Annual administration and progress report of the Indian Medical Department, Bombay
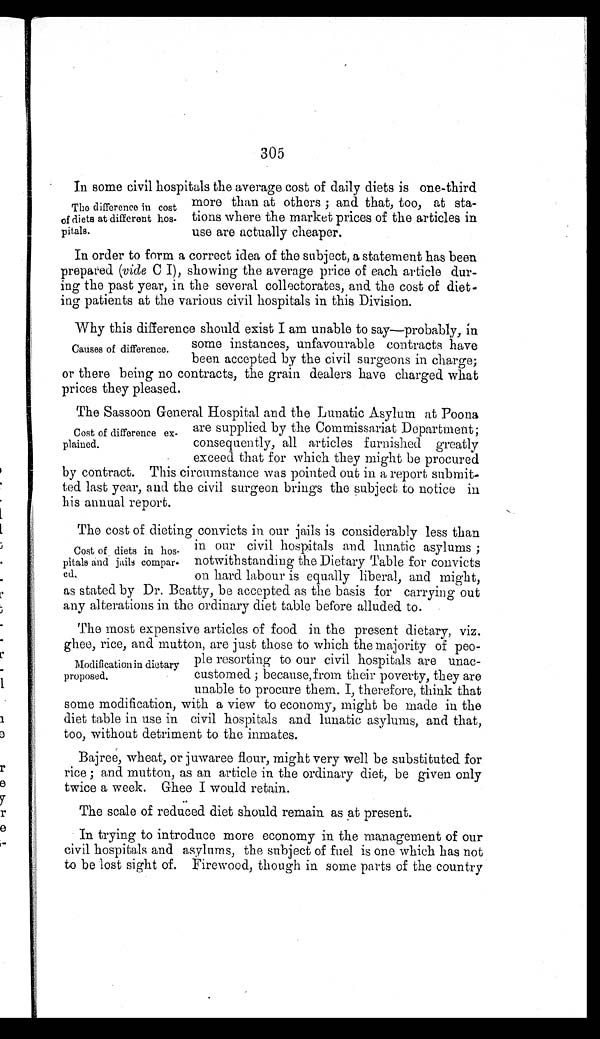
305
In some civil hospitals the average cost of daily diets is one-third
more than at others; and that, too, at sta
-
tions where the market prices of the articles in
use are actually cheaper.
In order to form a correct idea of the subject, a statement has been
prepared (vide C I), showing the average price of each article dur
-
ing the past year, in the several collectorates, and the cost of diet
-
ing patients at the various civil hospitals in this Division.
Why this difference should exist I am unable to say—probably, in
some instances, unfavourable contracts have
been accepted by the civil surgeons in charge;
or there being no contracts, the grain dealers have charged what
prices they pleased.
The Sassoon General Hospital and the Lunatic Asylum at Poona
are supplied by the Commissariat Department;
consequently, all articles furnished greatly
exceed that for which they might be procured
by contract. This circumstance was pointed out in a report submit
-
ted last year, and the civil surgeon brings the subject to notice in
his annual report.
The cost of dieting convicts in our jails is considerably less than
in our civil hospitals and lunatic asylums;
notwithstanding the Dietary Table for convicts
on hard labour is equally liberal, and might,
as stated by Dr. Beatty, be accepted as the basis for carrying out
any alterations in the ordinary diet table before alluded to.
The most expensive articles of food in the present dietary, viz.
ghee, rice, and mutton, are just those to which the majority of peo
-
ple resorting to our civil hospitals are unac
-
customed; because, from their poverty, they are
unable to procure them. I, therefore, think that
some modification, with a view to economy, might be made in the
diet table in use in civil hospitals and lunatic asylums, and that,
too, without detriment to the inmates.
Bajree, wheat, or juwaree flour, might very well be substituted for
rice; and mutton, as an article in the ordinary diet, be given only
twice a week. Ghee I would retain.
The scale of reduced diet should remain as at present.
In trying to introduce more economy in the management of our
civil hospitals and asylums, the subject of fuel is one which has not
to be lost sight of. Firewood, though in some parts of the country
The difference in cost
of diets at different hos
-
pitals.
Causes of difference.
Cost of difference ex
-
plained.
Cost of diets in hos
-
pitals and jails compar
-
ed.
Modification in dietary
proposed.